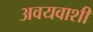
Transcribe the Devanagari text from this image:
अवयवाशी